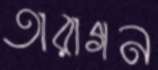
তারাগন